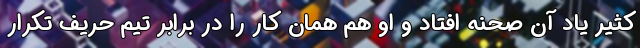
کثیر یاد آن صحنه افتاد و او هم همان کار را در برابر تیم حریف تکرار